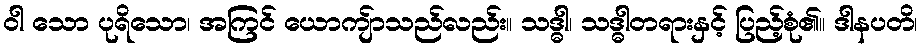
ဝါ သော ပုရိသော၊ အကြင် ယောကျ်ာသည်လည်း။ သဒ္ဓါ၊ သဒ္ဓါတရားနှင့် ပြည့်စုံ၏။ ဒါနပတိ၊